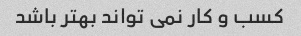
کسب و کار نمی تواند بهتر باشد